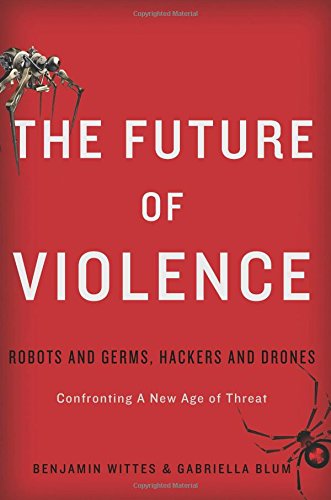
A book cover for The Future of Violence: Robots and Germs, Hackers and DronesEEConfronting A New Age of Threat; Benjamin Wittes; Computers & Technology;